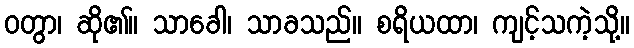
ဝတွာ၊ ဆို၏။ သာခေါ၊ သာခသည်။ စရိယထာ၊ ကျင့်သကဲ့သို့။